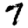
Digit: 7